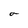
Character: a